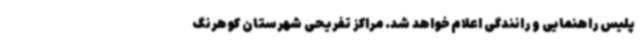
پلیس راهنمایی و رانندگی اعلام خواهد شد. مراکز تفریحی شهرستان کوهرنگ